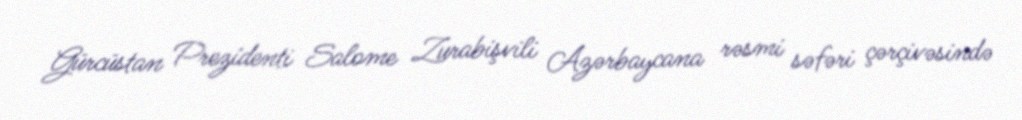
Gürcüstan Prezidenti Salome Zurabişvili Azərbaycana rəsmi səfəri çərçivəsində